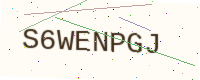
Text: S6WENPGJ